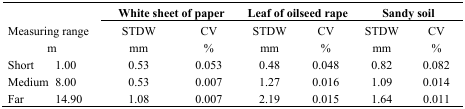
<table><thead><tr><td colspan="2" rowspan="3"><b>Measuring rangem</b></td><td colspan="2"><b>White sheet of paper</b></td><td colspan="2"><b>Leaf of oilseed rape</b></td><td colspan="2"><b>Sandy soil</b></td></tr><tr><td><b>STDWmm</b></td><td><b>CV%</b></td><td><b>STDWmm</b></td><td><b>CV%</b></td><td><b>STDWmm</b></td><td><b>CV%</b></td></tr></thead><tbody><tr><td>Short</td><td>1.00</td><td>0.53</td><td>0.053</td><td>0.48</td><td>0.048</td><td>0.82</td><td>0.082</td></tr><tr><td>Medium</td><td>8.00</td><td>0.53</td><td>0.007</td><td>1.27</td><td>0.016</td><td>1.09</td><td>0.014</td></tr><tr><td>Far</td><td>14.90</td><td>1.08</td><td>0.007</td><td>2.19</td><td>0.015</td><td>1.64</td><td>0.011</td></tr></tbody></table>